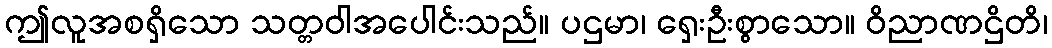
ဤလူအစရှိသော သတ္တဝါအပေါင်းသည်။ ပဌမာ၊ ရှေးဦးစွာသော။ ဝိညာဏဌိတိ၊